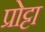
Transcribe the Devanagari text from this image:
प्रोट्टा